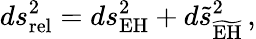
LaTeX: ds_{\mathrm{rel}}^{2}=ds_{\mathrm{EH}}^{2}+d\tilde{s}_{\widetilde{\mathrm{EH}}}^{2}\, ,